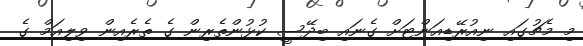
މި މެޗުގައި ނިއުރޭޑިއަންޓަށް ގެނައި ބިދޭސީ ކުޅުންތެރިން ގެ ތެރެއިން ވިލިއަމް ގެ